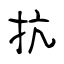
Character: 抗